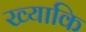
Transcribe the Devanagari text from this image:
ख्याकि